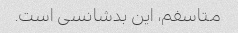
متاسفم، این بدشانسی است.